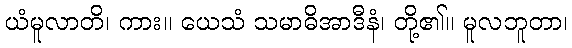
ယံမူလာတိ၊ ကား။ ယေသံ သမာဓိအာဒီနံ၊ တို့၏။ မူလဘူတာ၊